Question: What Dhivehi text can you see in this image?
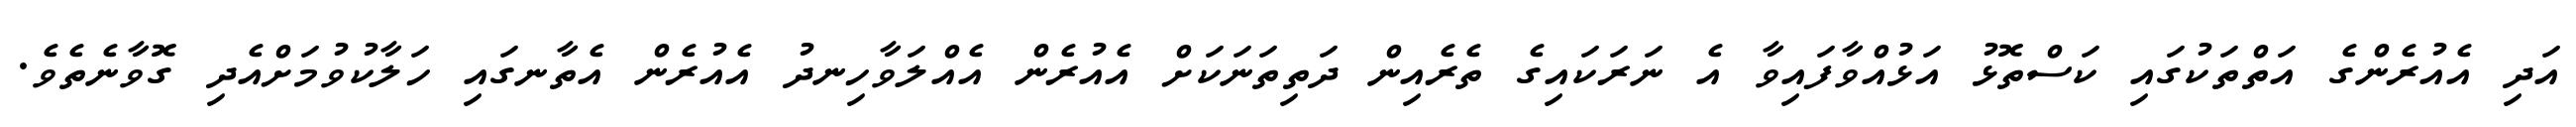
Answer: އަދި އެއުރެންގެ އަތްތަކުގައި ކަސްތޮޅު އަޅުއްވާފައިވާ އެ ނަރަކައިގެ ތެރެއިން ދަތިތަނަކަށް އެއުރެން އެއްލަވާހިނދު އެއުރެން އެތާނގައި ހަލާކުވުމަށްއެދި ގޮވާނެތެވެ.